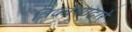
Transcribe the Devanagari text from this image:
त्रिकोणाद्वारे